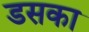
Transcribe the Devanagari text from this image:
डसका